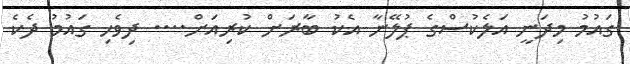
ގައުމު މިދަނީ އަލެކުސްގެ ޕުލޭނާ އެކު ބާރަށް ކުރިއަށް.... ދިވެހި ގައުމު ދެކެ